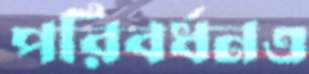
পরিবর্ধনও